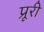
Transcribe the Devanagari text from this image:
प्रूरी